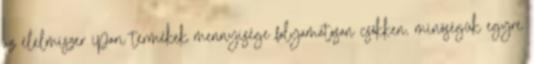
az élelmiszer ipari termékek mennyisége folyamatosan csökken, minőségük egyre